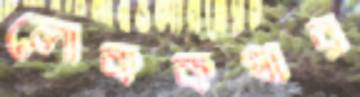
লোককথার